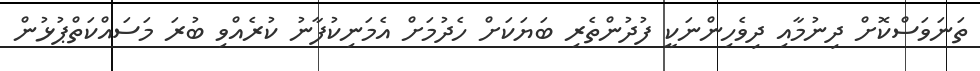
ތަނަވަސްކޮށް ދިނުމާއި ދިވެހިންނަކީ ފުދުންތެރި ބަޔަކަށް ހެދުމަށް އެމަނިކުފާނު ކުރެއްވި ބުރަ މަސައްކަތްޕުޅުން